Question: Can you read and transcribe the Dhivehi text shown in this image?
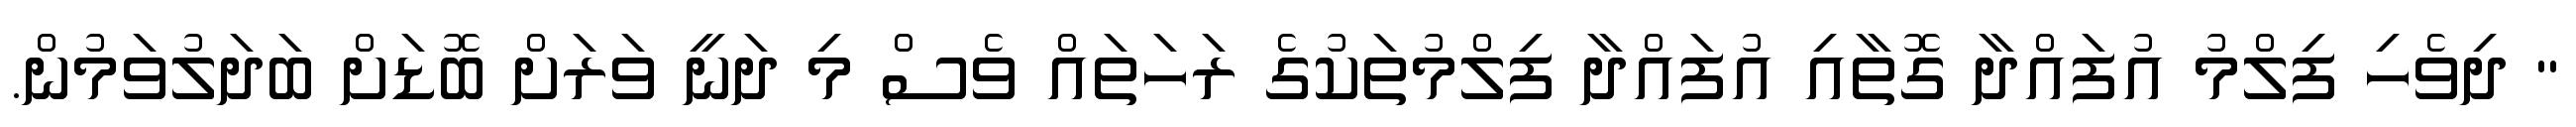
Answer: " ދިވެހި ފިލްމު އުފައްދާ ގޮތާއި އުފައްދާ ފިލްމުތަކުގެ ރަހަތައް ވެސް މި ދަނީ ވަރަށް ބޮޑަށް ބަދަލުވަމުން.